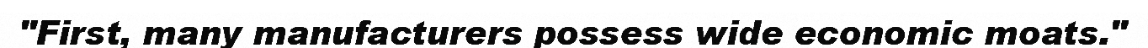
"First, many manufacturers possess wide economic moats."